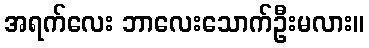
အရက်လေး ဘာလေးသောက်ဦးမလား။